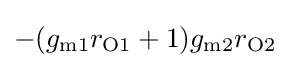
{-(g_{\text{m1}}r_{\text{O1}}+1)g_{\text{m2}}r_{\mathrm {O2} }}